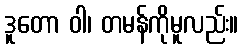
ဒူတော ဝါ၊ တမန်ကိုမူလည်း။